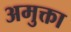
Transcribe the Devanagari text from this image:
अमुक्ता